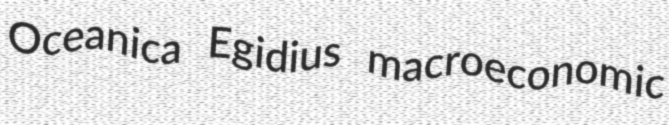
Oceanica Egidius macroeconomic